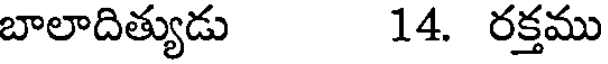
బాలాదిత్యుడు 14. రక్తము